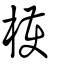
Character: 檴